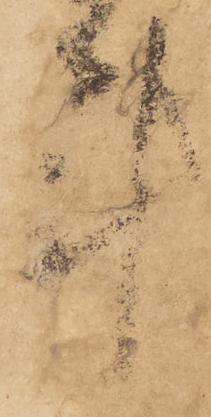
計